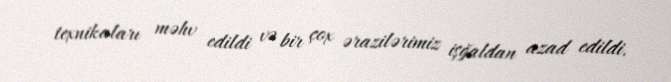
texnikaları məhv edildi və bir çox ərazilərimiz işğaldan azad edildi.